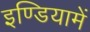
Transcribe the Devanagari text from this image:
इण्डियामें